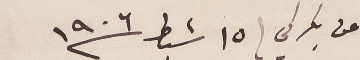
عن بكركي ١٥ شباط ١٩٠٦